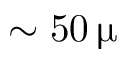
\sim 5 0 \, \upmu